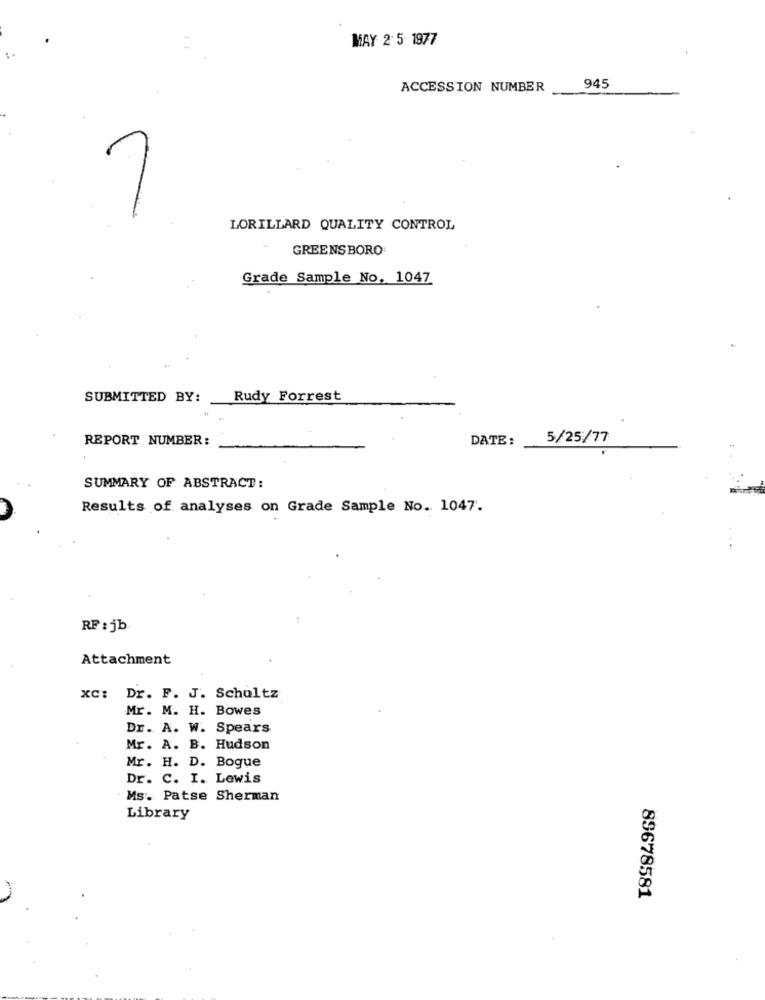
MAY 2 5 1977
945
ACCESSION NUMBER
LORILLARD QUALITY CONTROL
GREENSBORO
Grade Sample No. 1047
SUBMITTED BY:
Rudy Forrest
REPORT NUMBER:
DATE:
5/25/77
SUMMARY OF ABSTRACT:
Results of analyses on Grade Sample No. 1047.
RF : jb.
Attachment
xc: Dr. F. J. Schultz
Mr. M. H. Bowes
Dr. A. W. Spears
Mr. A. B. Hudson
Mr. H. D. Bogue
Dr. C. I. Lewis
Ms. Patse Sherman
Library
89678581